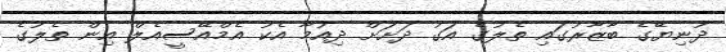
ދުނިޔޭގެ ބާޒާރުގައި ތެލުގެ އަގު ދަށަށް ދިއުމާ އެކު އެމްއޭސީއެލް އިން ތެލުގެ